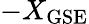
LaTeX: -X_{\mathrm{GSE}}